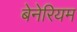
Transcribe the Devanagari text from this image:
बेनेरियम